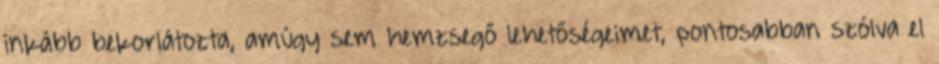
inkább bekor­látozta, amúgy sem hemzsegő lehető­ségei­met, ponto­sabban szólva el­